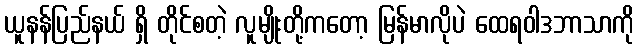
ယူနန်ပြည်နယ် ရှိ တိုင်စတဲ့ လူမျိုးတို့ကတော့ မြန်မာလိုပဲ ထေရဝါဒဘာသာကို